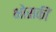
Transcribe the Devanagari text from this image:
भोसकीं